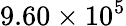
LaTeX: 9.60\times 10^{5}